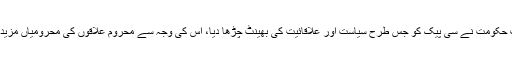
نوازشریف حکومت نے سی پیک کو جس طرح سیاست اور علاقائیت کی بھینٹ چڑھا دیا، اس کی وجہ سے محروم علاقوں کی محرومیاں مزید بڑھ گئیں۔